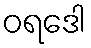
ဝရဒေါ